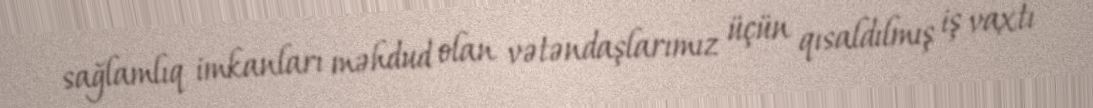
sağlamlıq imkanları məhdud olan vətəndaşlarımız üçün qısaldılmış iş vaxtı